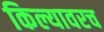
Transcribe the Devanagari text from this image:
किल्यावरच